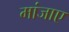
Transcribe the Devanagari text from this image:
मांजाए